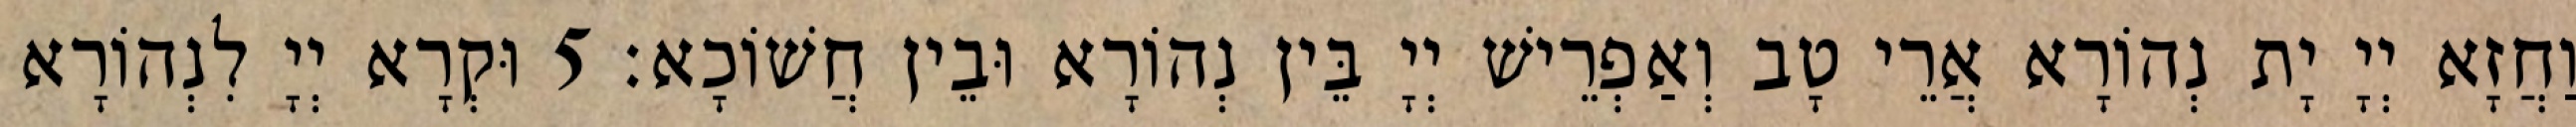
וַחֲזָא יְיָ יָת נְהוֹרָא אֲרֵי טָב וְאַפְרֵישׁ יְיָ בֵּין נְהוֹרָא וּבֵין חֲשׁוֹכָא׃ 5 וּקְרָא יְיָ לִנְהוֹרָא